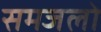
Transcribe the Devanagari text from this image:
समजलो